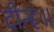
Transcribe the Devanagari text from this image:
दीन्ह॥